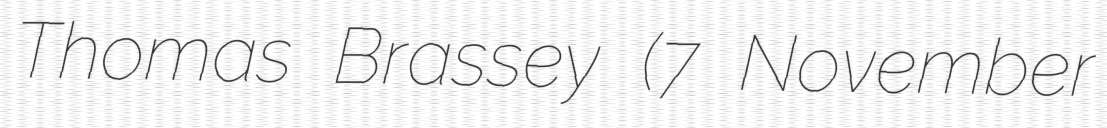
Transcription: Thomas Brassey (7 November